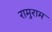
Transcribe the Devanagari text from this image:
रामुराम